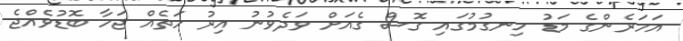
އަހަރެންގެ މަޑު ހިނގުމުގައި ގޮސް ގެއަށް ވަދެވުނު އިރު ހަތެއް ޖަހާ ބޮޑުވެއްޖެ